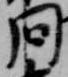
問